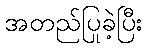
အတည်ပြုခဲ့ပြီး